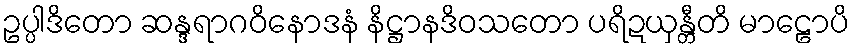
ဥပ္ပါဒိတော ဆန္ဒရာဂဝိနောဒနံ နိဋ္ဌာနဒိဝသတော ပရိဍယှန္တီတိ မာဠောပိ